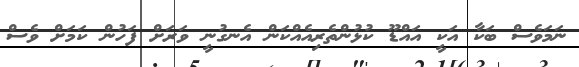
ނަމަވެސް ބަކާ އަކީ އައްޑޫ ކުޅުންތެރިއެއްކަން އެނގުނީ ވަރަށް ފަހުން ކަމަށް ވެސް